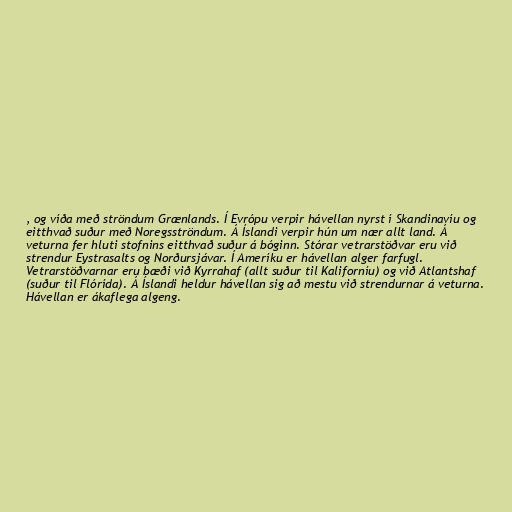
, og víða með ströndum Grænlands. Í Evrópu verpir hávellan nyrst í Skandinavíu og
eitthvað suður með Noregsströndum. Á Íslandi verpir hún um nær allt land. Á
veturna fer hluti stofnins eitthvað suður á bóginn. Stórar vetrarstöðvar eru við
strendur Eystrasalts og Norðursjávar. Í Ameríku er hávellan alger farfugl.
Vetrarstöðvarnar eru bæði við Kyrrahaf (allt suður til Kaliforníu) og við Atlantshaf
(suður til Flórída). Á Íslandi heldur hávellan sig að mestu við strendurnar á veturna.
Hávellan er ákaflega algeng.